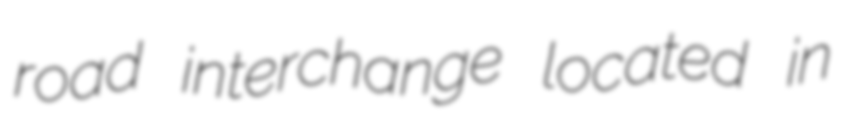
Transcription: road interchange located in